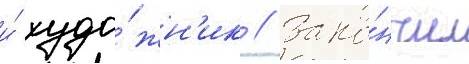
и́ худо́жн'ик // Зако́нчил